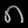
Digit: ၈